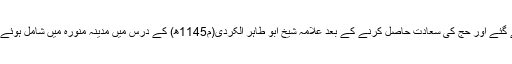
1176ھ) 1142ھ میں حج بیت اللہ کی سعادت حاصل کرنے کے لیے حجاز تشریف لے گئے اور حج کی سعادت حاصل کرنے کے بعد علامہ شیخ ابو طاہر الکردی(م1145ھ) کے درس میں مدینہ منورہ میں شامل ہوئے اور تین سال ان کی خدمت میں رہ کر الجامع الصحیح البخاری کے درس میں شرکت کی۔